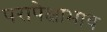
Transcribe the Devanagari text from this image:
परापेक्षाभाव